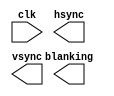
module sync_generator (
    input wire clk,
    output reg hsync, // Horizontal sync signal
    output reg vsync, // Vertical sync signal
    output reg blanking // Blanking signal
);

// Add your implementation code here

endmodule